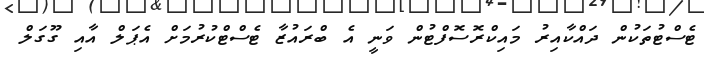
ޓެސްޓުތަކުން ދައްކާއިރު މައިކްރޮސޮފްޓުން ވަނީ އެ ބްރައުޒާ ޓެސްޓްކުރުމަށް އެޕަލް އާއި ގޫގަލް